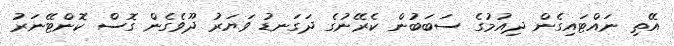
އޭތި ނައްޓައިގެން ދިއުމުގެ ސަބަބުން ކެރޭނުގެ ދަގަނޑު ވަޔަރު ދޫވެގެން ގޮސް ކޮންޓޭނަރު